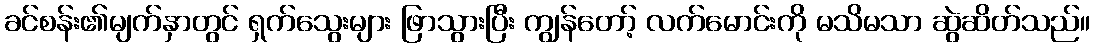
ခင်စန်း၏မျက်နှာတွင် ရှက်သွေးများ ဖြာသွားပြီး ကျွန်တော့် လက်မောင်းကို မသိမသာ ဆွဲဆိတ်သည်။